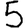
Digit: 5